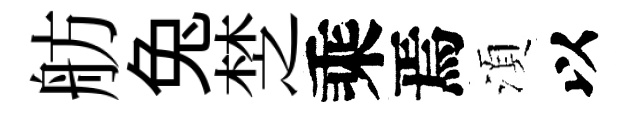
舫兔椘乘焉湏以